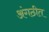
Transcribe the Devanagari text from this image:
अंगठीत